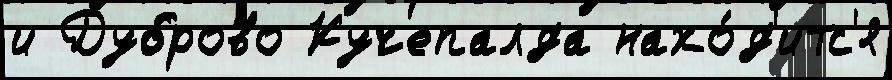
и Дуброво Кучепалда нахо́д'итс'я